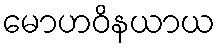
မောဟဝိနယာယ